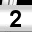
Digit: 2